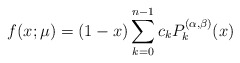
\begin{align*} f(x;\mu)=(1-x)\sum_{k=0}^{n-1} c_k P_k^{(\alpha,\beta)}(x) \end{align*}